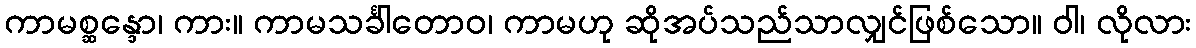
ကာမစ္ဆန္ဒော၊ ကား။ ကာမသင်္ခါတောဝ၊ ကာမဟု ဆိုအပ်သည်သာလျှင်ဖြစ်သော။ ဝါ၊ လိုလား